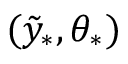
( \tilde { y } _ { \ast } , \theta _ { \ast } )